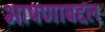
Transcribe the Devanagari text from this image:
भाषणाबद्दल